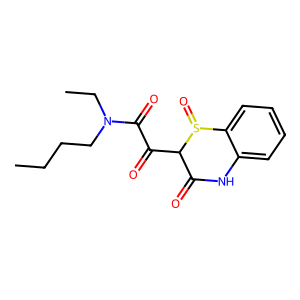
SMILES: CCCCN(CC)C(=O)C(=O)C1C(=O)Nc2ccccc2S1=O
Inhibits HIV replication: No